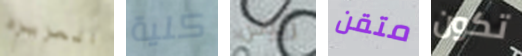
العزيزه كلية زيوس متقن تكون